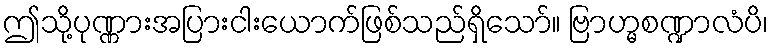
ဤသို့ပုဏ္ဏားအပြားငါးယောက်ဖြစ်သည်ရှိသော်။ ဗြာဟ္မစဏ္ဍာလံပိ၊